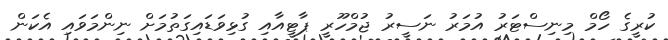
ކުރީގެ ހޯމް މިނިސްޓަރު އުމަރު ނަސީރު ޖުމްހޫރީ ޕާޓީއާއި ގުޅިވަޑައިގަތުމަށް ނިންމަވައި އެކަން